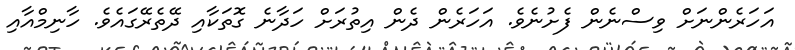
އަހަރެންނަށް ވިސްނެން ފެށުނެވެ. އަހަރެން ދެން އިތުރަށް ހަދާނެ ގޮތަކާއި ދޭތެރޭގައެވެ. ހާނިމްއާއި